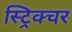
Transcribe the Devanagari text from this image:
स्ट्रिक्चर